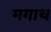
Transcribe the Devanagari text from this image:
मगाथ